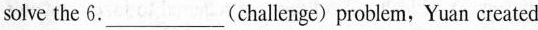
solve the 6.___(challenge) problem, Yuan created